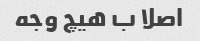
اصلا ب هیچ وجه